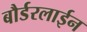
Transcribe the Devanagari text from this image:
बौर्डरलाईन